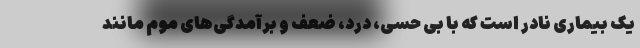
یک بیماری نادر است که با بی حسی، درد، ضعف و برآمدگی‌های موم مانند